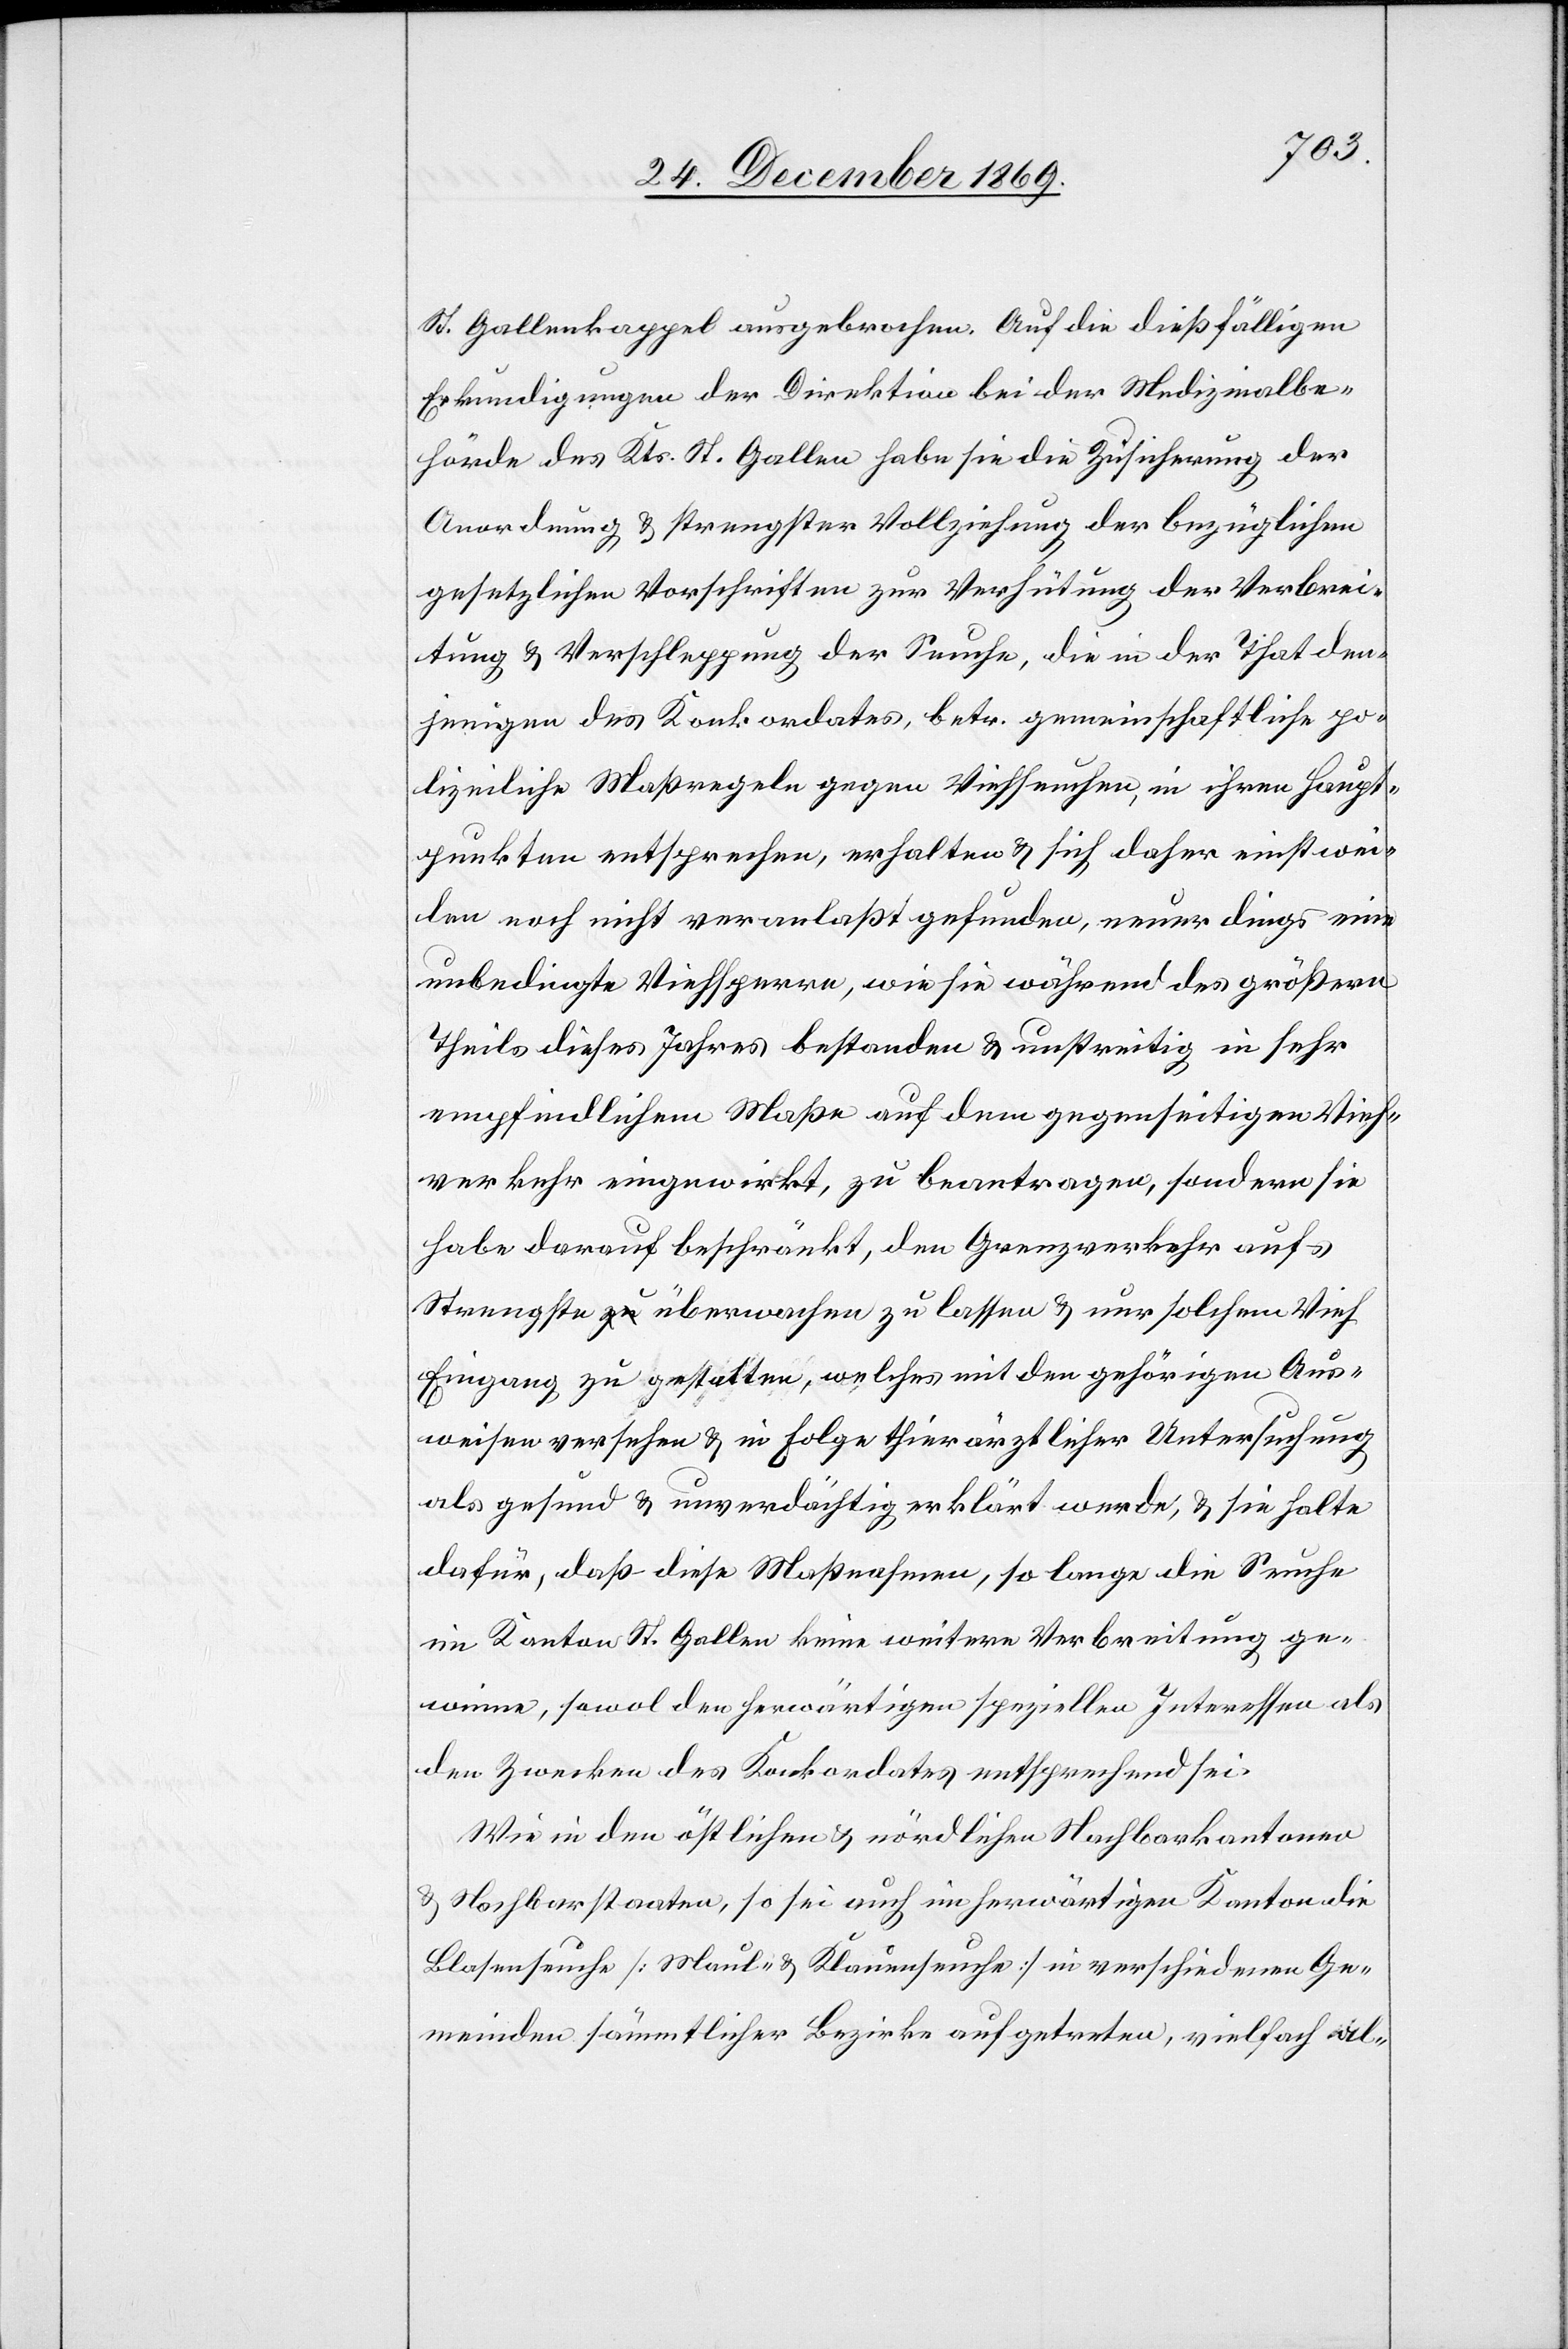
St. Gallenkappel ausgebrochen. Auf die dießfälligen
Erkundigungen der Direktion bei der Medizinalbe¬
hörde des Kts. St. Gallen habe sie die Zusicherung der
Anordnung & strengster Vollziehung der bezüglichen
gesetzlichen Vorschriften zur Verhütung der Verbrei¬
tung & Verschleppung der Seuche, die in der That den¬
jenigen des Konkordates, betr. gemeinschaftliche po¬
lizeiliche Maßregeln gegen Viehseuchen, in ihren Haupt¬
punkten entsprechen, erhalten & sich daher einstwei¬
len noch nicht veranlaßt gefunden, neuerdings eine
unbedingte Viehsperre, wie sie während des größern
Theils dieses Jahres bestanden & unstreitig in sehr
empfindlichem Maße auf dem [recte: den] gegenseitigen Vieh¬
verkehr eingewirkt, zu beantragen, sondern sie
habe darauf beschränkt, den Grenzverkehr aufs
Strengste a-zu-a überwachen zu lassen & nur solchem Vieh
Eingang zu gestatten, welches mit den gehörigen Aus¬
weisen versehen & in Folge thierärztlicher Untersuchung
als gesund & unverdächtig erklärt werde, & sie halte
dafür, daß diese Maßnahmen, so lange die Seuche
im Kanton St. Gallen keine weitere Verbreitung ge¬
winne, sowol den herwärtigen speziellen Interessen als
den Zwecken des Konkordates entsprechend sei.
Wie in den östlichen & nördlichen Nachbarkantonen
& Nachbarstaaten, so sei auch im herwärtigen Kanton die
Blasenseuche [Maul- & Klauenseuche] in verschiedenen Ge¬
meinden sämmtlicher Bezirke aufgetreten, vielfach al-